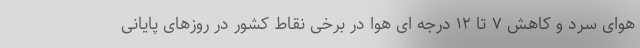
هوای سرد و کاهش ۷ تا ۱۲ درجه ای هوا در برخی نقاط کشور در روزهای پایانی